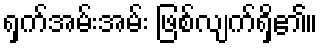
ရှက်အမ်းအမ်း ဖြစ်လျက်ရှိ၏။